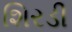
શિરડી